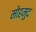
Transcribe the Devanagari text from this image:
मोहमुद